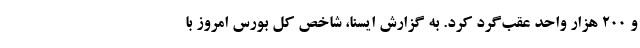
و ۲۰۰ هزار واحد عقب‌گرد کرد. به گزارش ایسنا، شاخص کل بورس امروز با